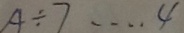
A \div 7 \cdots 4